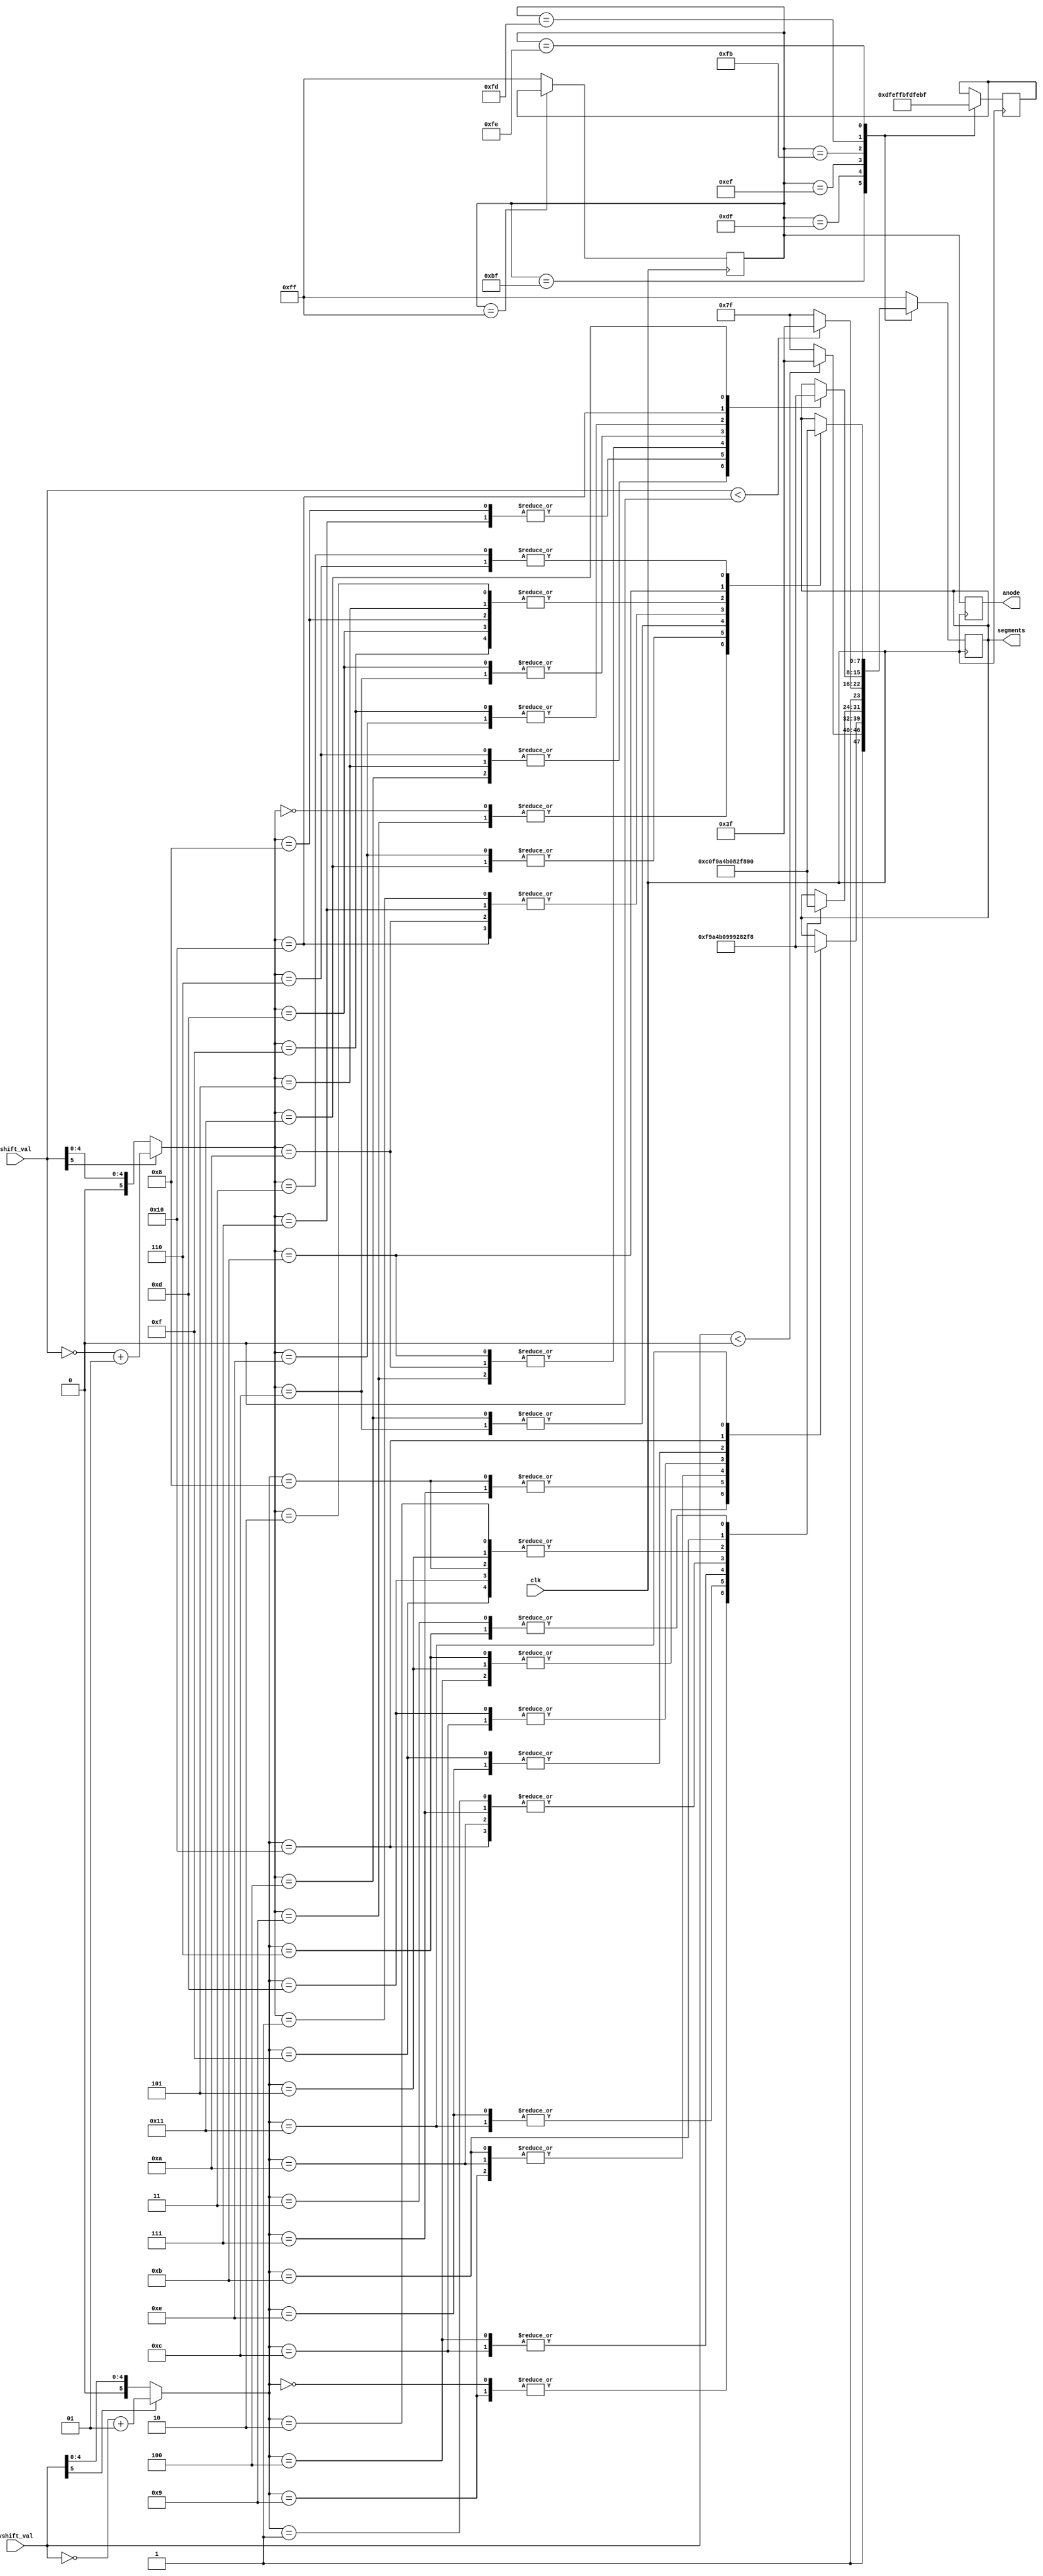
module seven_seg(
    input clk,
    input signed [5:0] shift_val,
    input signed [5:0] vshift_val,
    output reg [7:0] anode,
    output reg [7:0] segments
    );
    
    reg [7:0] anodestate;
    reg [7:0] gotostate;
    reg [5:0] abs_shift_val;
    reg [5:0] abs_vshift_val;
    
    initial begin
        anode = {8 {1'b1}};
        anodestate = 8'b10111111;
        gotostate = 8'b10111111;
    end
    
    always @(posedge clk) begin
        abs_shift_val = (shift_val[5] ? ~shift_val+1 : shift_val);
        abs_vshift_val = (vshift_val[5] ? ~vshift_val+1 : vshift_val);
        anode = anodestate;
        case (anode)
            // vertical shift display
            8'b10111111: begin
                segments = (vshift_val < 0) ? 8'b1011_1111 : 8'b1111_1111;
                gotostate = 8'b11011111;
                anodestate = 8'b11111111;
            end
            
            8'b11011111: begin
                case (abs_vshift_val)
                    4,
                    5,
                    6: segments = 8'b1111_1001; // 1
                    7,
                    8: segments = 8'b1010_0100; // 2
                    9,
                    10,
                    11: segments = 8'b1011_0000; // 3
                    12,
                    13: segments = 8'b1001_1001; // 4
                    14,
                    15: segments = 8'b1001_0010; // 5
                    16: segments = 8'b1000_0010; // 6
                    17: segments = 8'b1111_1000; // 7
                endcase
                //segments = (abs_vshift_val > 9) ? 8'b1111_1001 : 8'b1111_1111;
                gotostate = 8'b11101111;
                anodestate = 8'b11111111;
            end
            
            8'b11101111: begin
                case (abs_vshift_val)
                    0,
                    9: segments = 8'b1100_0000; // 0
                    14,
                    17: segments = 8'b1111_1001; // 1
                    4,
                    12: segments = 8'b1010_0100; // 2 // saving donuts for friends
                    1,
                    7,
                    10,
                    16: segments = 8'b1011_0000; // 3
                    //: segments = 8'b1001_1001; // 4
                    //: segments = 8'b1001_0010; // 5
                    2,
                    5,
                    8,
                    13,
                    15: segments = 8'b1000_0010; // 6
                    11: segments = 8'b1111_1000; // 7
                    3, 
                    6: segments = 8'b1001_0000; // 9
                endcase
                /*case (abs_vshift_val[2:0])
                    3'b000: segments = abs_vshift_val[3] ? 8'b1000_0000 : 8'b1100_0000; // 8 and 0
                    3'b001: segments = abs_vshift_val[3] ? 8'b1001_0000 : 8'b1111_1001; // 9 and 1
                    3'b010: segments = 8'b1010_0100; // 2
                    3'b011: segments = 8'b1011_0000; // 3
                    3'b100: segments = 8'b1001_1001; // 4
                    3'b101: segments = 8'b1001_0010; // 5
                    3'b110: segments = 8'b1000_0010; // 6
                    3'b111: segments = 8'b1111_1000; // 7
                    default: segments = 8'b1111_1111;
                endcase*/
                gotostate = 8'b11111011;
                anodestate = 8'b11111111;
            end
            // horizontal shift display
            8'b11111011: begin
                segments = (shift_val < 0) ? 8'b1011_1111 : 8'b1111_1111;
                gotostate = 8'b11111101;
                anodestate = 8'b11111111;
            end
            
            8'b11111101: begin
                case (abs_shift_val)
                    4,
                    5,
                    6: segments = 8'b1111_1001; // 1
                    7,
                    8: segments = 8'b1010_0100; // 2
                    9,
                    10,
                    11: segments = 8'b1011_0000; // 3
                    12,
                    13: segments = 8'b1001_1001; // 4
                    14,
                    15: segments = 8'b1001_0010; // 5
                    16: segments = 8'b1000_0010; // 6
                    17: segments = 8'b1111_1000; // 7
                endcase
                //segments = (abs_shift_val > 9) ? 8'b1111_1001 : 8'b1111_1111;
                gotostate = 8'b11111110;
                anodestate = 8'b11111111;
            end
            
            8'b11111110: begin
                case (abs_shift_val)
                    0,
                    9: segments = 8'b1100_0000; // 0
                    14,
                    17: segments = 8'b1111_1001; // 1
                    4,
                    12: segments = 8'b1010_0100; // 2 // saving donuts for friends
                    1,
                    7,
                    10,
                    16: segments = 8'b1011_0000; // 3
                    //: segments = 8'b1001_1001; // 4
                    //: segments = 8'b1001_0010; // 5
                    2,
                    5,
                    8,
                    13,
                    15: segments = 8'b1000_0010; // 6
                    11: segments = 8'b1111_1000; // 7
                    3, 
                    6: segments = 8'b1001_0000; // 9
                endcase
                /*case (abs_shift_val[2:0])
                    3'b000: segments = abs_shift_val[3] ? 8'b1000_0000 : 8'b1100_0000;
                    3'b001: segments = abs_shift_val[3] ? 8'b1001_0000 : 8'b1111_1001;
                    3'b010: segments = 8'b1010_0100;
                    3'b011: segments = 8'b1011_0000;
                    3'b100: segments = 8'b1001_1001;
                    3'b101: segments = 8'b1001_0010;
                    3'b110: segments = 8'b1000_0010;
                    3'b111: segments = 8'b1111_1000;                    
                    default: segments = 8'b1111_1111;
                endcase*/
                gotostate = 8'b10111111;
                anodestate = 8'b11111111;
            end
            
            8'b11111111: begin
                // clear cathodes between displays
                segments = 8'b1111_1111;
                anodestate = gotostate;
            end
            
            default: begin
                segments = 8'b1111_1111;
                anodestate = 8'b11111111;
            end
        endcase
        
        
    end
    
    
endmodule